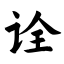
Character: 诠